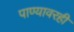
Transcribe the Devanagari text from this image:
पाण्यावरही